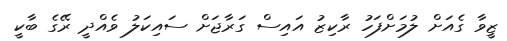
ޒީވާ ގެއަށް ލުމަށްފަހު ރާކިޒު އައިސް ގަރާޖަށް ސައިކަލު ވެއްދީ ރޭގެ ބާކީ